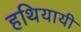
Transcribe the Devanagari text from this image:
हथियायी